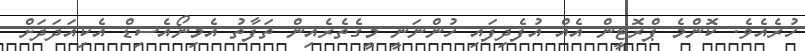
ހުރެއެވެ. ކޮންމެ ޕްރޮޓީން އެއް އުފެދިފައި ހުންނަނީ މީގެތެރެއިން ތަފާތު އެމިނޯއެސިޑް އެކިއަދަދަށް